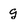
Character: g